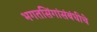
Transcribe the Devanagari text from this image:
भगतसिंगांसंबंधीचे